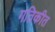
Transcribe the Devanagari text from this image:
गतिकीत